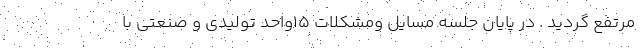
مرتفع گردید . در پایان جلسه مسایل ومشکلات 15واحد تولیدی و صنعتی با